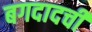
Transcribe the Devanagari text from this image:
बगदादची